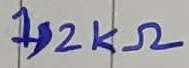
Text: 1,2KΩ